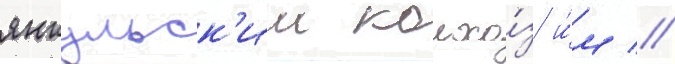
янкульск'ии колхо́з и́м //